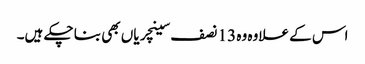
اس کے علاوہ وہ 13 نصف سینچریاں بھی بنا چکے ہیں۔